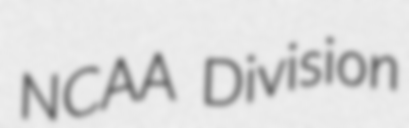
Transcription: NCAA Division